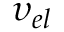
{ { \upsilon } _ { { e l } } }